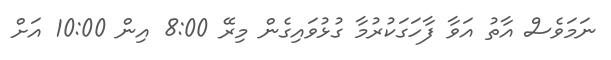
ނަމަވެސް އާތު އަވާ ފާހަގަކުރުމާ ގުޅުވައިގެން މިރޭ 8:00 އިން 10:00 އަށް